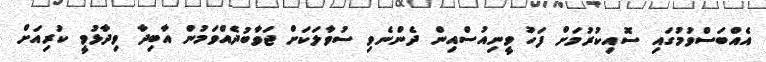
އެއްބަސްވުމުގައި ސޮއިކުރުމަށް ފަހު ވީނިއުސްއިން ދެންނެވި ސުވާލަކަށް ޖަވާބުދެއްވަމުން އާބިދާ ވިދާޅުވީ ކުރިއަށް